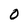
Character: O